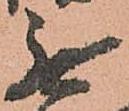
無